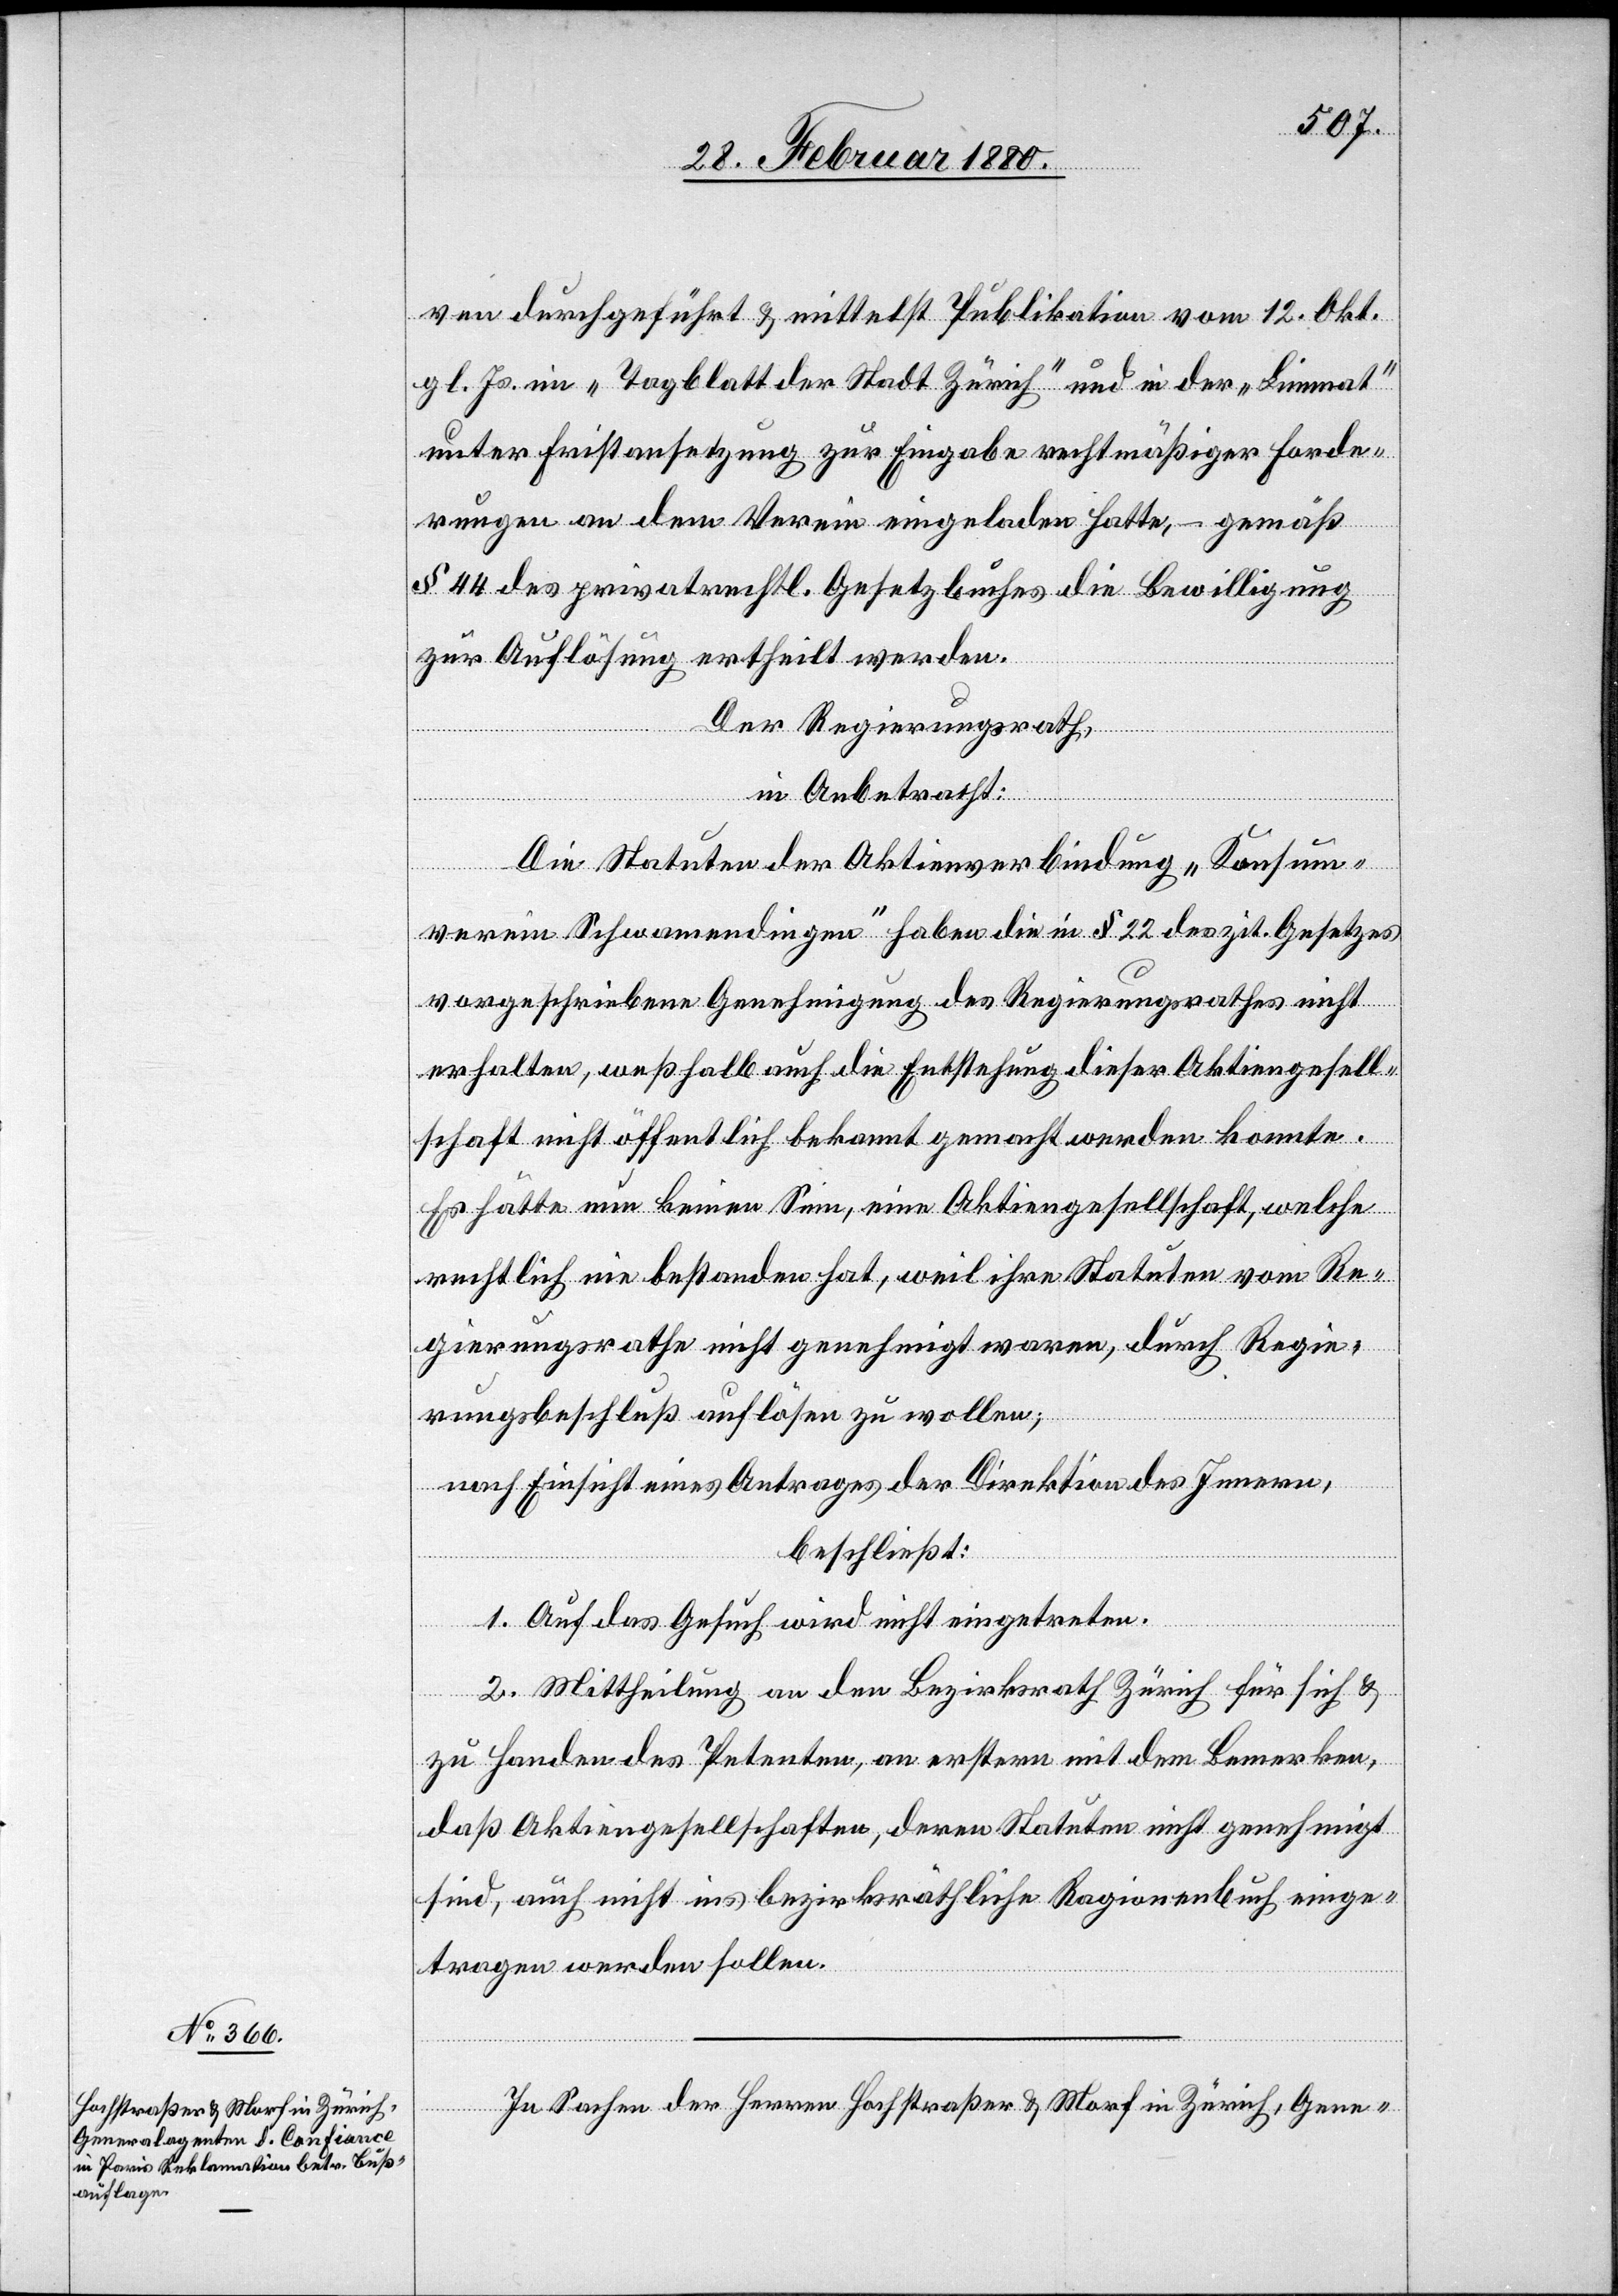
ven durchgeführt & mittelst Publikation vom 12. Okt.
gl. Js. im „Tagblatt der Stadt Zürich“ und in der „Limmat“
unter Fristansetzung zur Eingabe rechtmäßiger Forde¬
rungen an dem Verein eingeladen hatte, – gemäß
§ 33 des privatrechtl. Gesetzbuches die Bewilligung
zur Auflösung ertheilt werden.
Der Regierungsrath,
in Anbetracht:
Die Statuten der Aktienverbindung „Konsum¬
verein Schwamendingen“ haben die in § 22 des zit. Gesetzes
vorgeschriebene Genehmigung des Regierungsrathes nicht
erhalten, weßhalb auch die Entstehung dieser Aktiengesell¬
schaft nicht öffentlich bekannt gemacht werden konnte.
Es hätte nun keinen Sinn, eine Aktiengesellschaft, welche
rechtlich nie bestanden hat, weil ihre Statuten vom Re¬
gierungsrathe nicht genehmigt waren, durch Regie¬
rungsbeschluß auflösen zu wollen;
nach Einsicht eines Antrages der Direktion des Innern,
beschließt:
1. Auf das Gesuch wird nicht eingetreten.
2. Mittheilung an den Bezirksrath Zürich für sich &
zu Handen des Petenten, an erstern mit dem Bemerken,
daß Aktiengesellschaften, deren Statuten nicht genehmigt
sind, auch nicht ins bezirksräthliche Regionenbuch einge¬
tragen werden sollen.
In Sachen der Herren Hochstraßer & Morf in Zürich, Gene-